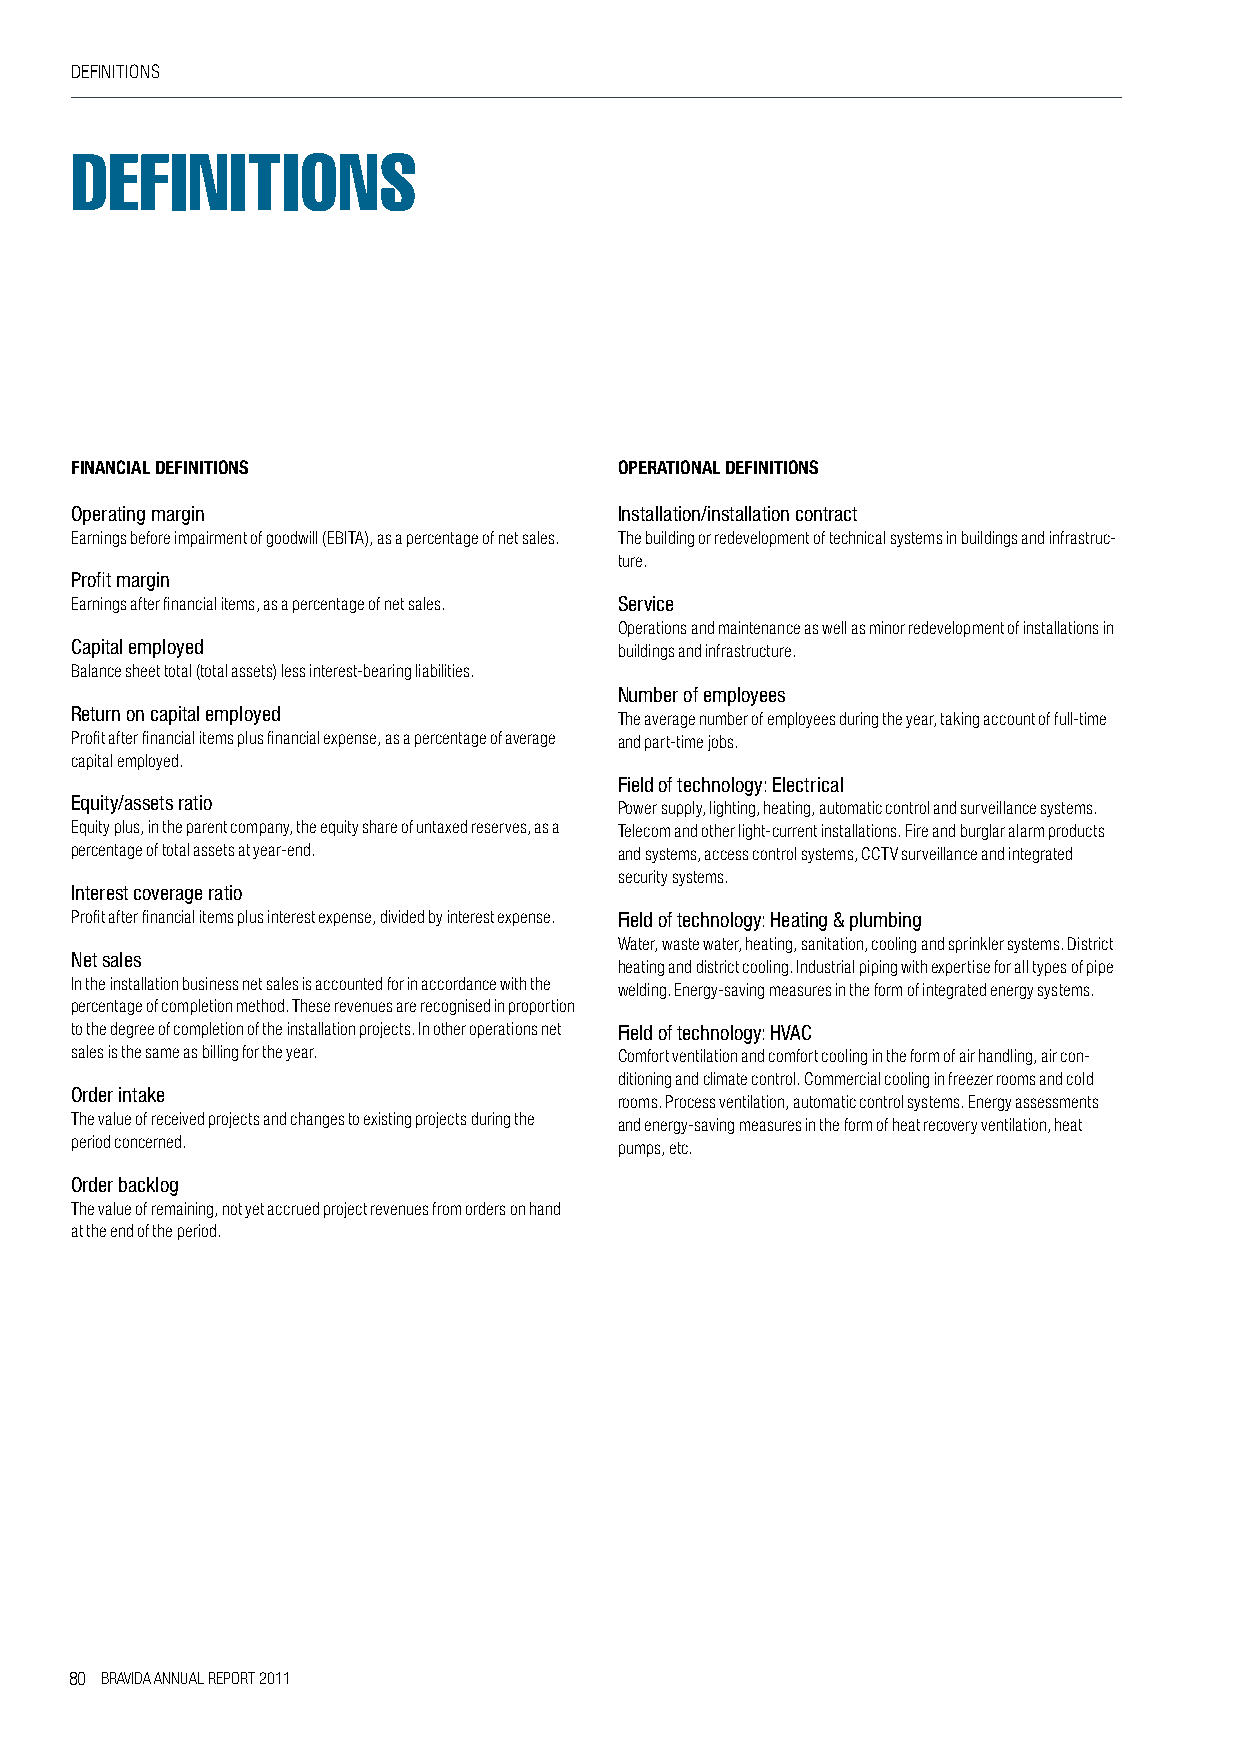
DEFINITIONS
 Definitions
 FINANCIAL DEFINITIONS               OPERATIONAL DEFINITIONS
 Operating margin                    Installation/installation contract
 Earnings before impairment of goodwill (EBITA), as a percentage of net sales. The building or redevelopment of technical systems in buildings and infrastruc-
 ture.
 Profit margin
 Earnings after financial items, as a percentage of net sales. Service
 Operations and maintenance as well as minor redevelopment of installations in
 Capital employed                    buildings and infrastructure.
 Balance sheet total (total assets) less interest-bearing liabilities.
 Number of employees
 Return on capital employed
 The average number of employees during the year, taking account of full-time
 Profit after financial items plus financial expense, as a percentage of average and part-time jobs.
 capital employed.
 Field of technology: Electrical
 Equity/assets ratio
 Power supply, lighting, heating, automatic control and surveillance systems.
 Equity plus, in the parent company, the equity share of untaxed reserves, as a Telecom and other light-current installations. Fire and burglar alarm products
 percentage of total assets at year-end. and systems, access control systems, CCTV surveillance and integrated
 security systems.
 Interest coverage ratio
 Profit after financial items plus interest expense, divided by interest expense. Field of technology: Heating & plumbing
 water, waste water, heating, sanitation, cooling and sprinkler systems. District
 Net sales
 heating and district cooling. Industrial piping with expertise for all types of pipe
 In the installation business net sales is accounted for in accordance with the welding. Energy-saving measures in the form of integrated energy systems.
 percentage of completion method. These revenues are recognised in proportion
 to the degree of completion of the installation projects. In other operations net Field of technology: HVAC
 sales is the same as billing for the year. Comfort ventilation and comfort cooling in the form of air handling, air con-
 ditioning and climate control. Commercial cooling in freezer rooms and cold
 Order intake
 rooms. Process ventilation, automatic control systems. Energy assessments
 The value of received projects and changes to existing projects during the and energy-saving measures in the form of heat recovery ventilation, heat
 period concerned.                   pumps, etc.
 Order backlog
 The value of remaining, not yet accrued project revenues from orders on hand
 at the end of the period.
 80 BRAVIDA ANNUAL REPORT 2011